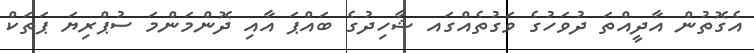
އެގޮތުން އާދީއްތަ ދުވަހުގެ ވަގުތެއްގައ ޝާހިދުގެ ބައްޕަ އާއި ދޮންމަންމަ ސުޕްރިޔަ ޕަތަކް